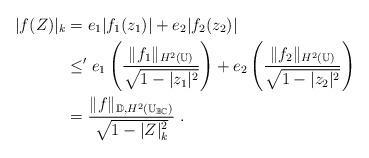
LaTeX: \begin{align*} |f(Z)|_k&=e_1|f_1(z_1)|+e_2|f_2(z_2)|\\&\leq' e_1\left(\frac{\|f_1\|_{H^2(\mathbb{U})}}{\sqrt{1-|z_1|^2}}\right)+e_2\left(\frac{\|f_2\|_{H^2(\mathbb{U})}}{\sqrt{1-|z_2|^2}}\right)\\&=\frac{\|f\|_{\mathbb{D},{H^2(\mathbb{U}_{\mathbb{B}\mathbb{C}})}}}{\sqrt{1-|Z|^2_k}}\;.\end{align*}